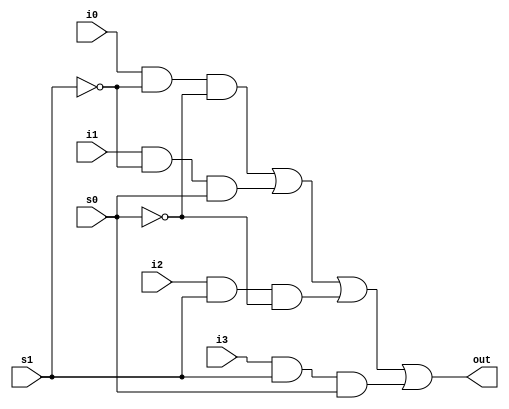

// 4-to-1 multiplexer

module mux4_to_1 (i0, i1, i2, i3, s1, s0, out);

input i0, i1, i2, i3;
input s1, s0;
output out;

wire s1n, s0n;
wire y0, y1, y2, y3;

not (s1n, s1);
not (s0n, s0);

and (y0, i0, s1n, s0n);
and (y1, i1, s1n, s0);
and (y2, i2, s1, s0n);
and (y3, i3, s1, s0);

or (out, y0, y1, y2, y3);
endmodule